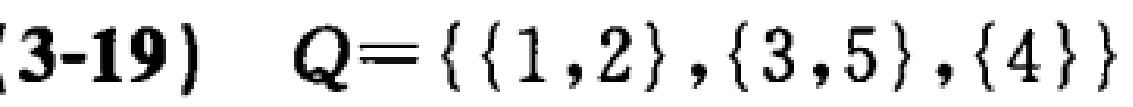
(3-19)  \(Q = \{ \{ 1,2\},\{ 3,5\},\{ 4\} \}\)